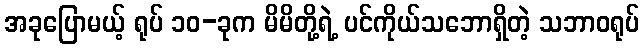
အခုပြောမယ့် ရုပ် ၁၀-ခုက မိမိတို့ရဲ့ ပင်ကိုယ်သဘောရှိတဲ့ သဘာဝရုပ်